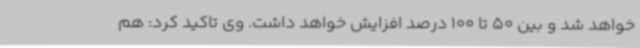
خواهد شد و بین 50 تا 100 درصد افزایش خواهد داشت. وی تاکید کرد: هم